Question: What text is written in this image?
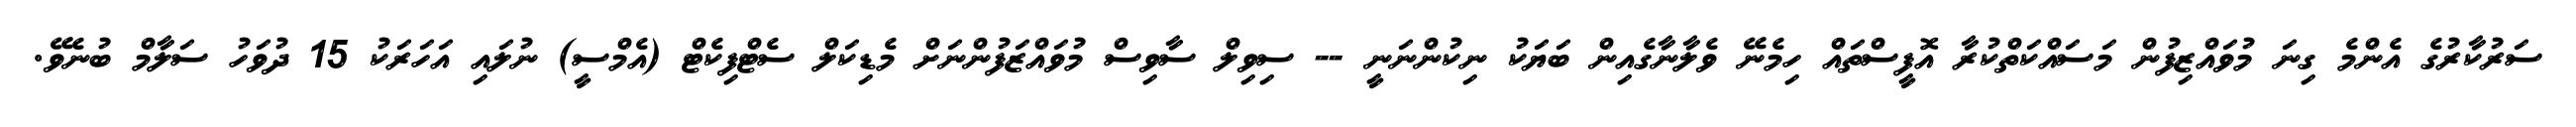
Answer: ސަރުކާރުގެ އެންމެ ގިނަ މުވައްޒިފުން މަސައްކަތްކުރާ އޮފީސްތައް ހިމެނޭ ވެލާނާގެއިން ބަޔަކު ނިކުންނަނީ -- ސިވިލް ސާވިސް މުވައްޒަފުންނަށް މެޑިކަލް ސެޓްފިކެޓް (އެމްސީ) ނުލައި އަހަރަކު 15 ދުވަހު ސަލާމް ބުނެވޭ.